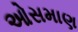
ઓસમાણ